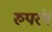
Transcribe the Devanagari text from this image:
रुपरंग